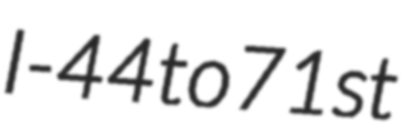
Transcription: I-44 to 71st